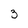
Character: 3